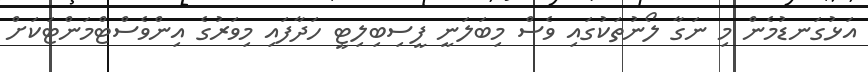
އަޅުގަނޑުމެން މި ނަގާ ލޯނުތަކުގައި ވެސް މިބަލަނީ ފީސިބިލިޓީ ހަދާފައި މިވަރުގެ އިންވެސްޓްމަންޓަކަށް